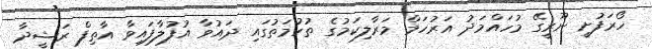
ހޯރަފުށީ ނޫރީގޭ މުހައްމަދު އަރުހަމް މަރާލިކަމުގެ ތުހުމަތުގައި ދައުވާ އުފުލާފައިވާ އާތިފް ރަޝީދާ